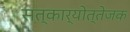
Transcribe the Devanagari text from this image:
सत्कार्योत्तेजक